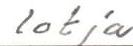
lotja